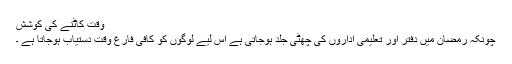
 وقت کاٹنے کی کوشش
چونکہ رمضان میں دفتر اور تعلیمی اداروں کی چھٹی جلد ہوجاتی ہے اس لیے لوگوں کو کافی فارغ وقت دستیاب ہوجاتا ہے ۔